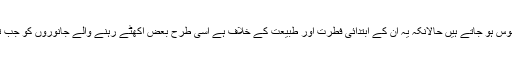
اسی طرح ہم دیکھتے ہیں کہ تھوڑی سی تربیت کے بعد وحشی جانور اور درندے بعض انسانوں کے ساتھ مانوس ہو جاتے ہیں حالانکہ یہ ان کے ابتدائی فطرت اور طبیعت کے خلاف ہے اسی طرح بعض اکھٹے رہنے والے جانوروں کو جب تربیت دی جاتی ہے تو وہ ایک دوسرے سے لڑنے لگ جاتے ہیں اور اپنے ہم نسل بھائیوں کو پھاڑ دیتے ہیں ۔